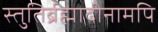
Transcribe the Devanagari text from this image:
स्तुतिर्ब्रह्मादीनामपि